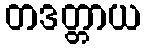
တဒတ္တာယ